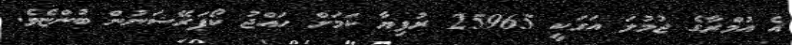
އެ އުމްރާގެ ޖުމުލަ އަގަކީ 25965 ރުފިޔާ ކަމަށް ހައްޖު ކޯޕަރޭޝަނުން ބުންޏެވެ.